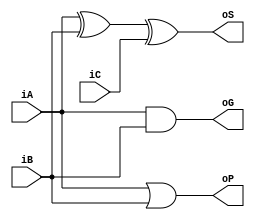
`timescale 1ns / 1ps
//////////////////////////////////////////////////////////////////////////////////
// University: KU Leuven Group T Campus 
// 
// Module Name: partial_full_adder
// Project Name: CDD Project
// Description: 
// 
// Dependencies: 
// 
// Additional Comments:
// 
//////////////////////////////////////////////////////////////////////////////////

module partial_full_adder(
    input wire iA, iB, iC,
    output wire oS, oP, oG
    );
    
    
    assign oS = (iA ^ iB) ^ (iC);
    assign oP = iA | iB;
    assign oG = iA & iB;
    
endmodule